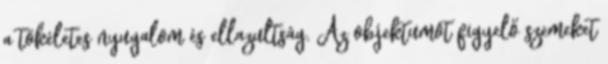
a tökéletes nyugalom és ellazultság. Az objektumot figyelő szemeket